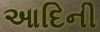
આદિની